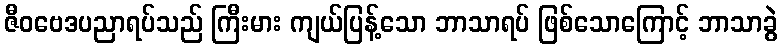
ဇီဝဗေဒပညာရပ်သည် ကြီးမား ကျယ်ပြန့်သော ဘာသာရပ် ဖြစ်သောကြောင့် ဘာသာခွဲ